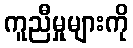
ကူညီမှုများကို